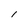
Character: 1